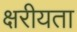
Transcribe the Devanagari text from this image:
क्षरीयता